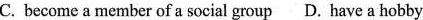
C. become a member of a social group D. Have a hobby